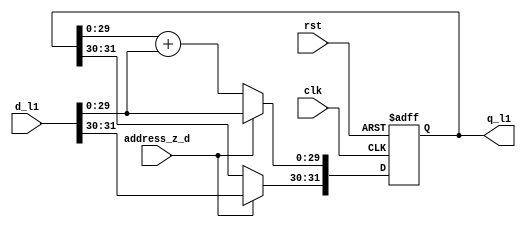
module adder_l1(
    input clk,
    input rst,
    input address_z_d,
    input [31:0] d_l1,
    output [31:0] q_l1
    );

wire		clk,rst;
wire	address_z_d;
wire		[31:0]d_l1;
reg		[31:0]q_l1;


always @(posedge clk, posedge rst)
begin
	if (rst) begin
	q_l1<=32'b10000000000000000000000000000000;
	end else begin
		case (address_z_d)
			1:				q_l1<=d_l1;
			default:		q_l1[29:0]<=q_l1[29:0]+d_l1[29:0];
		endcase
	end
end



endmodule